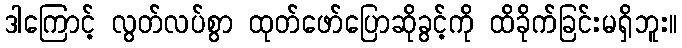
ဒါကြောင့် လွတ်လပ်စွာ ထုတ်ဖော်ပြောဆိုခွင့်ကို ထိခိုက်ခြင်းမရှိဘူး။